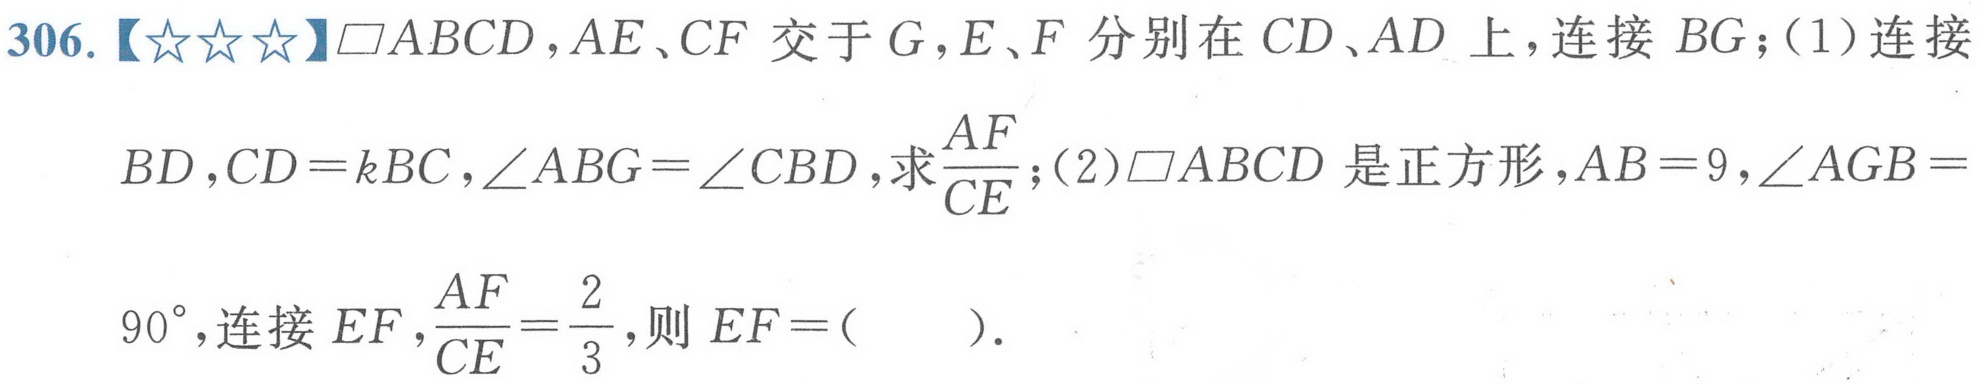
306.【★★★】$\square ABCD$，$AE、CF$ 交于 $G$，$E、F$ 分别在 $CD、AD$ 上，连接 $BG$；(1) 连接
$BD$，$CD = kBC$，$\angle ABG=\angle CBD$，求$\frac{AF}{CE}$；(2)$\square ABCD$ 是正方形，$AB = 9$，$\angle AGB =
$90^{\circ}$，连接 $EF$，$\frac{AF}{CE}=\frac{2}{3}$，则 $EF = ($  )．